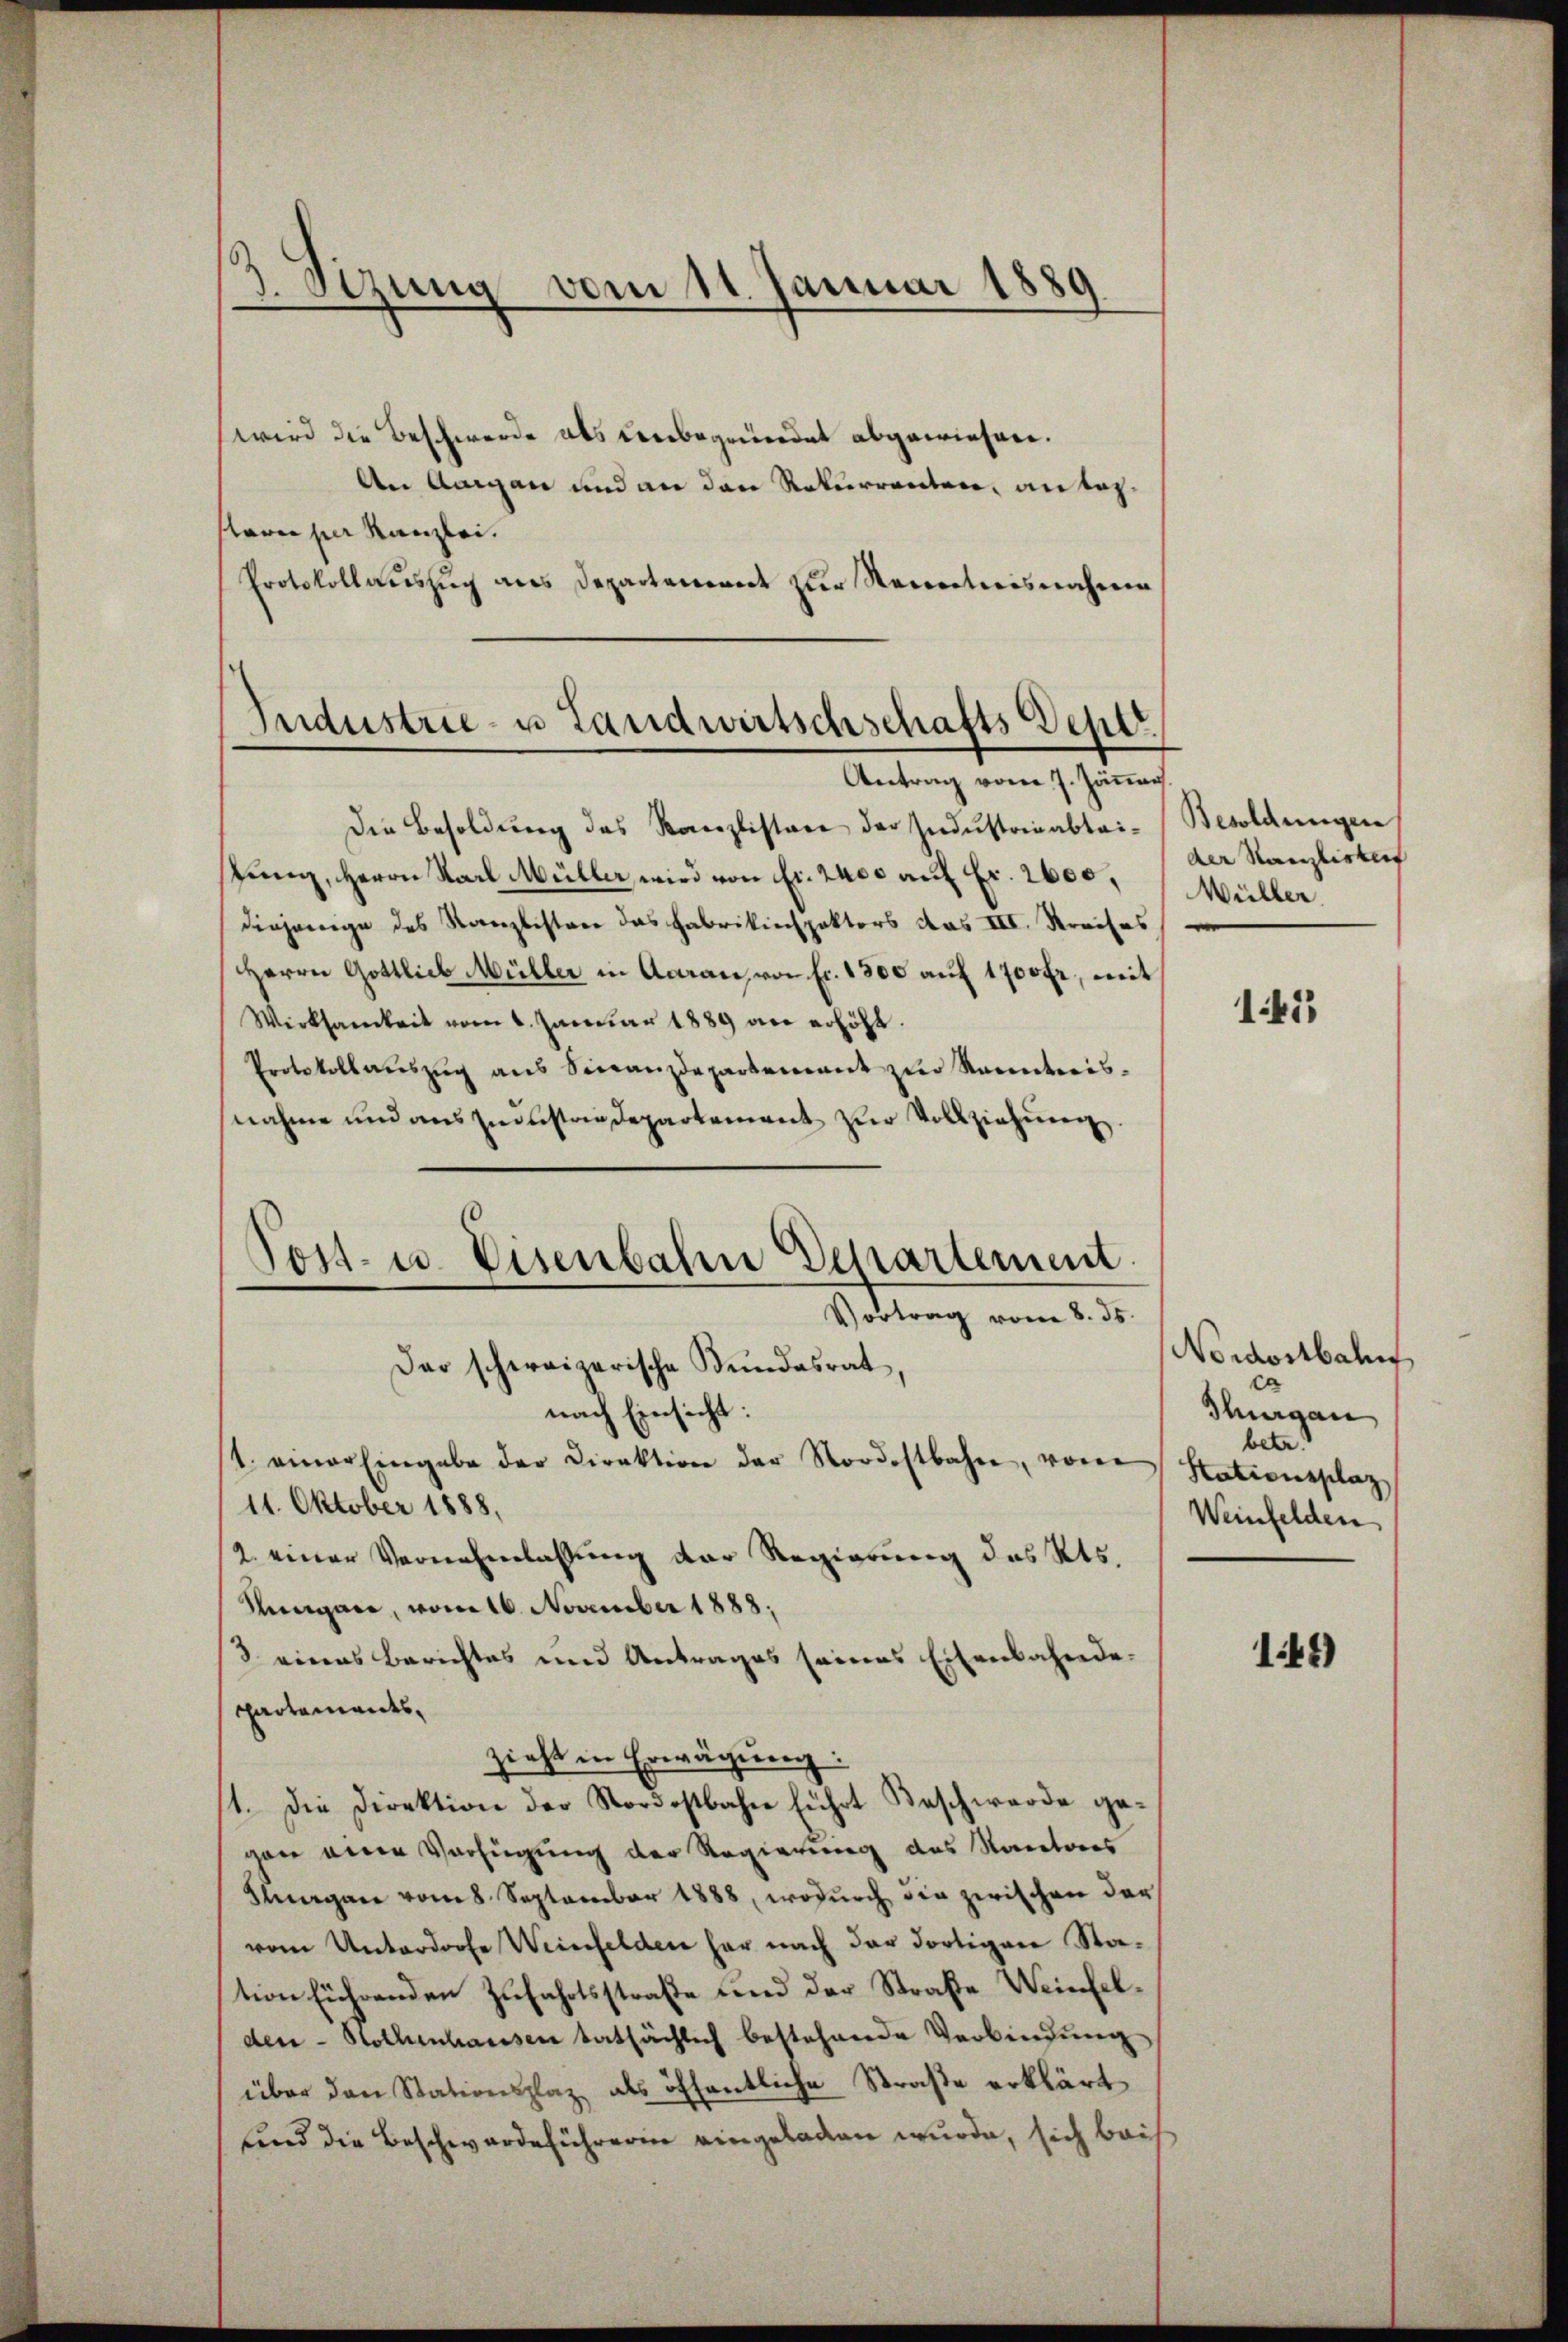
3. Sitzung
vom 11. Januar 1889

wird die Beschwerde als Leubegründet abgewiesen.
An Aargau und an den Rekurrenten, an bez.
tare per Kanzlei.
Protokollauszug aus Departement zur Renntnisnahme

Industrie- u Landwirtschschafts Depar
Antrag vom 7. Jäner

Post- u. Eisenbahn Departement
Vortrag vom 8. ds.
Der schweizerische Kundesrat,

Die Besoldung des Kanzlistanz der Industrieabtai-
fung, Herrn Karl Müller, wird von Fr. 2400 auf Fr. 2600,
diejenige des Stanzlisten das Fabrikinspektors das III. Kreises
Herrn Gottlieb Müller in Acaran, von fr. 1800 auf 1700 fr., mit
Wirksamkeit vom 6. Janŭar 1889 an erhöht.
Protokollaŭszŭg ans Sinanzdepartenant zŭr Raunteris
nahme und aus Industrindepartement zur Vollziehung.
nach Einsicht:
1. einer Eingabe der Direktion der Nordostbahne, von
11. Oktober 1888,
2. einer Vernehmlassung der Regierung des Kts.
Rungare, vom 16. November 1888;
3 eines Berichtes und Antrages seines Eisenbahnde-
partements,
zieht in Erwägung:
1. Die Direktion der Nordostbahn führt Beschwerde gegan einer Verfügung der Regierung des Racetoris
Forgane vom 8. September 1888, wodŭrch die zwischen der
vom Unterdorfe Weinfelden har nach der dortigen Sta-
tion führenden Zufahrtsstraße und der Straße Weinfelden - Rothenhausen tatsächlich bestehende Verbindung
über den Stationsplatz als öffentliche Straße erklärt
und die Beschwerdeführerin eingeladen wurde, sich bei

Besoldungen
der Kanzlisterf
Wüller.

141)

Nordostbahn
ca
Thurgau
betr.
Stationsplatz
Weinfelden,

144)